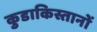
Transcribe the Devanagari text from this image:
कुडाकिस्तानों